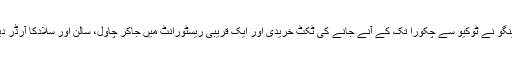
ٹینگو نے ٹوکیو سے چکورا تک کے آنے جانے کی ٹکٹ خریدی اور ایک قریبی ریسٹورانٹ میں جاکر چاول، سالن اور سلادکا آرڈر دیا۔